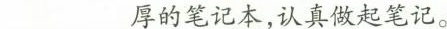
___厚的笔记本，认真做起笔记。